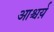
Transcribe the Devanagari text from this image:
आश्चर्य़